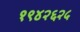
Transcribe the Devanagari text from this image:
१९४२६२५